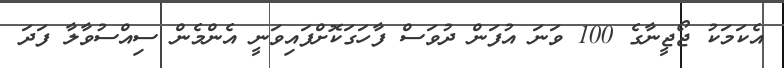
އެކަމަކު ޖޯޖީނާގެ 100 ވަނަ އުފަން ދުވަސް ފާހަގަކޮށްފައިވަނީ އެންމެން ސިއްސުވާލާ ފަދަ